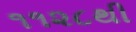
૧૧૨૮થી